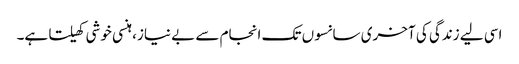
اسی لیے زندگی کی آخری سانسوں تک انجام سے بے نیاز، ہنسی خوشی کھیلتا ہے۔